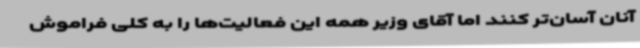
آنان آسان‌تر کنند اما آقای وزیر همه این فعالیت‌ها را به کلی فراموش